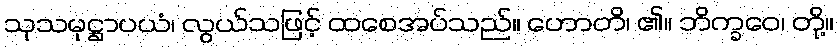
သုသမုဋ္ဌာပယံ၊ လွယ်သဖြင့် ထစေအပ်သည်။ ဟောတိ၊ ၏။ ဘိက္ခဝေ၊ တို့။